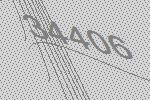
34406